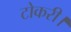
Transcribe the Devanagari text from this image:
टोकरी।